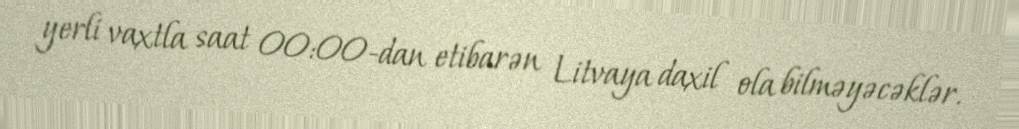
yerli vaxtla saat 00:00-dan etibarən Litvaya daxil ola bilməyəcəklər.